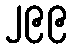
၂၉၉